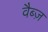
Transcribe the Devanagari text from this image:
वैब्ज़